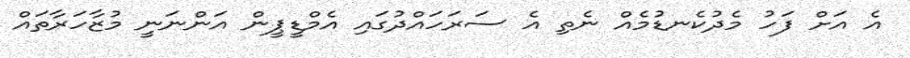
އެ އަށް ފަހު މެދުކެނޑުމެއް ނެތި އެ ސަރަހައްދުގައި އެމްޑީޕީން އަންނަނީ މުޒާހަރާތައް